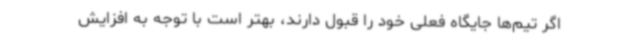
اگر تیم‌ها جایگاه فعلی خود را قبول دارند، بهتر است با توجه به افزایش